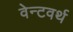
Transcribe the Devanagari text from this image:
वेन्टवर्थ